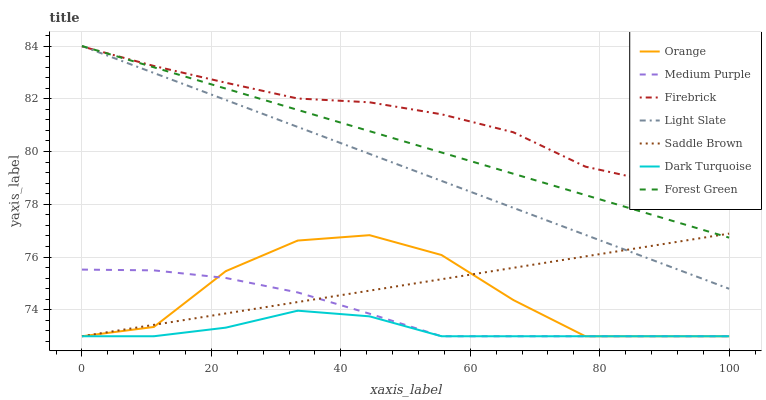
| xaxis_label | Orange | Medium Purple | Firebrick | Light Slate | Saddle Brown | Dark Turquoise | Forest Green |
 | --- | --- | --- | --- | --- | --- | --- | --- |
 | 0 | 73 | 75.5 | 84 | 84 | 73 | 73 | 84 |
 | 11.1 | 73.4 | 75.5 | 83.2 | 83 | 73.4 | 73 | 83.2 |
 | 22.2 | 75.5 | 75.2 | 82.6 | 82 | 73.9 | 73.3 | 82.4 |
 | 33.3 | 76.6 | 74.7 | 82 | 80.9 | 74.3 | 74 | 81.6 |
 | 44.4 | 76.8 | 73.9 | 81.9 | 79.9 | 74.7 | 73.8 | 80.8 |
 | 55.6 | 76.1 | 73 | 81.4 | 78.9 | 75.2 | 73 | 80 |
 | 66.7 | 74.4 | 73 | 80.7 | 77.9 | 75.6 | 73 | 79.2 |
 | 77.8 | 73 | 73 | 79.4 | 76.8 | 76 | 73 | 78.4 |
 | 88.9 | 73 | 73 | 78.8 | 75.8 | 76.5 | 73 | 77.5 |
 | 100 | 73 | 73 | 78 | 74.8 | 76.9 | 73 | 76.7 |